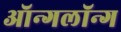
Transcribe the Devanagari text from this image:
ऑन्गलॉन्ग